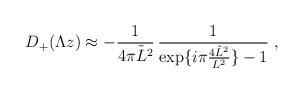
LaTeX: \begin{align*} D_{+} (\Lambda z) \approx -\frac{1}{4 \pi \tilde{L}^{2} } \,\frac{1}{ \exp\{i\pi\frac{4 \tilde{L}^{2} }{L^{2}}\}-1} \;,\end{align*}